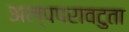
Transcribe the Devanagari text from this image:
अल्पपरावटुता